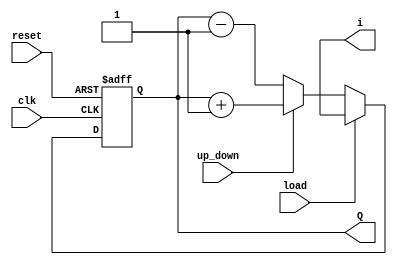
module parallel_load(Q,clk,reset,load,i,up_down);
output [3:0]Q;
output [3:0]i;
input clk,reset,load,up_down;
reg [3:0]Q;
always @(posedge clk or posedge reset)
begin
if(reset)
Q<=4'b0;
else if(load)
Q<=i;
else if(up_down)
Q<=Q+1;
else
Q<=Q-1;
end
endmodule